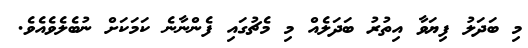
މި ބަދަލު ފިޔަވާ އިތުރު ބަދަލެއް މި މެޗުގައި ފެންނާނެ ކަމަކަށް ނުބެލެވެއެވެ.